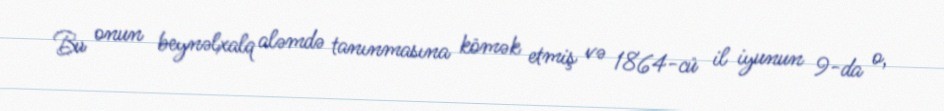
Bu onun beynəlxalq aləmdə tanınmasına kömək etmiş və 1864-cü il iyunun 9-da o,